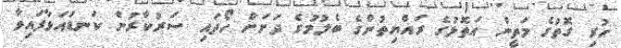
ހުރި ގޮތުގެ މަތީން އަތޮޅުގެ ރައްޔިތުންގެ ބެލުމުގެ ދަށަށް ހޯދައި ސަރުކާރުން ކަނޑައަޅާފައިވާ